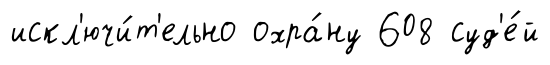
искл'ючи́т'ельно охра́ну 608 суд'е́й